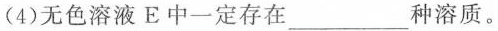
(4)无色溶液E中一定存在___种溶质。